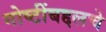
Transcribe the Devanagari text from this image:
गोष्टींबद्दलचे